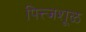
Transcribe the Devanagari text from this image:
पित्त्जशूळ